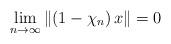
LaTeX: \begin{align*}\underset{n\rightarrow\infty}{\lim}\left\Vert \left( 1-\chi_{n}\right)x\right\Vert =0 \end{align*}